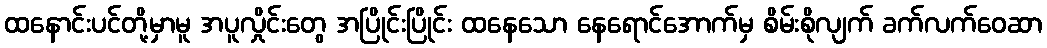
ထနောင်းပင်တို့မှာမူ အပူလှိုင်းတွေ အပြိုင်းပြိုင်း ထနေသော နေရောင်အောက်မှ စိမ်းစိုလျက် ခက်လက်ဝေဆာ